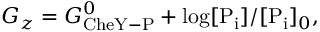
G _ { z } = G _ { \mathrm { C h e Y - P } } ^ { 0 } + \log [ \mathrm { P _ { i } } ] / [ \mathrm { P _ { i } } ] _ { 0 } ,